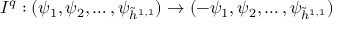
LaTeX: I ^ { q } : ( \psi _ { 1 } , \psi _ { 2 } , \dots , \psi _ { \tilde { h } ^ { 1 , 1 } } ) \to ( - \psi _ { 1 } , \psi _ { 2 } , \dots , \psi _ { \tilde { h } ^ { 1 , 1 } } )